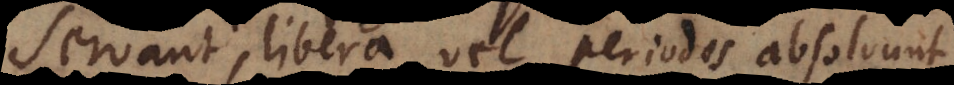
servant, libera vel periodos absolvunt